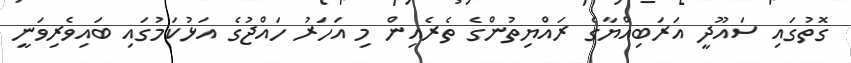
ގޮތުގައި ސައޫދީ އަރަބިއްޔާގެ ރައްޔިތުންގެ ތެރެއިން މި އަހަރު ހައްޖުގެ އަޅުކަމުގައި ބައިވެރިވަނީ